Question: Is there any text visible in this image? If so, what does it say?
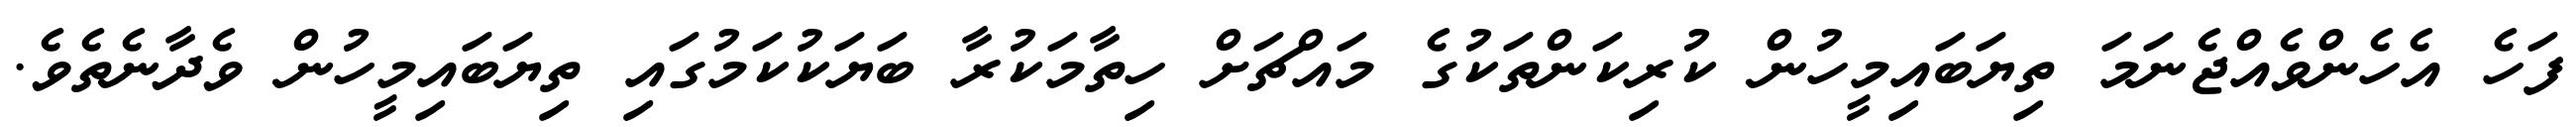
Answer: ފަހެ އެހެންވެއްޖެނަމަ ތިޔަބައިމީހުން ކުރިކަންތަކުގެ މައްޗަށް ހިތާމަކުރާ ބަޔަކުކަމުގައި ތިޔަބައިމީހުން ވެދާނެތެވެ.